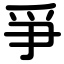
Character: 爭